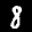
Label: 8